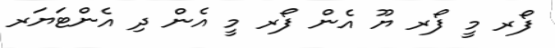
ފޯރ މީ ފޯރ ޔޫ އެން ފޯރ މީ އެން ދި އެންޓަޔަރ